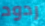
ردود